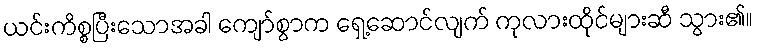
ယင်းကိစ္စပြီးသောအခါ ကျော်စွာက ရှေ့ဆောင်လျက် ကုလားထိုင်များဆီ သွား၏။